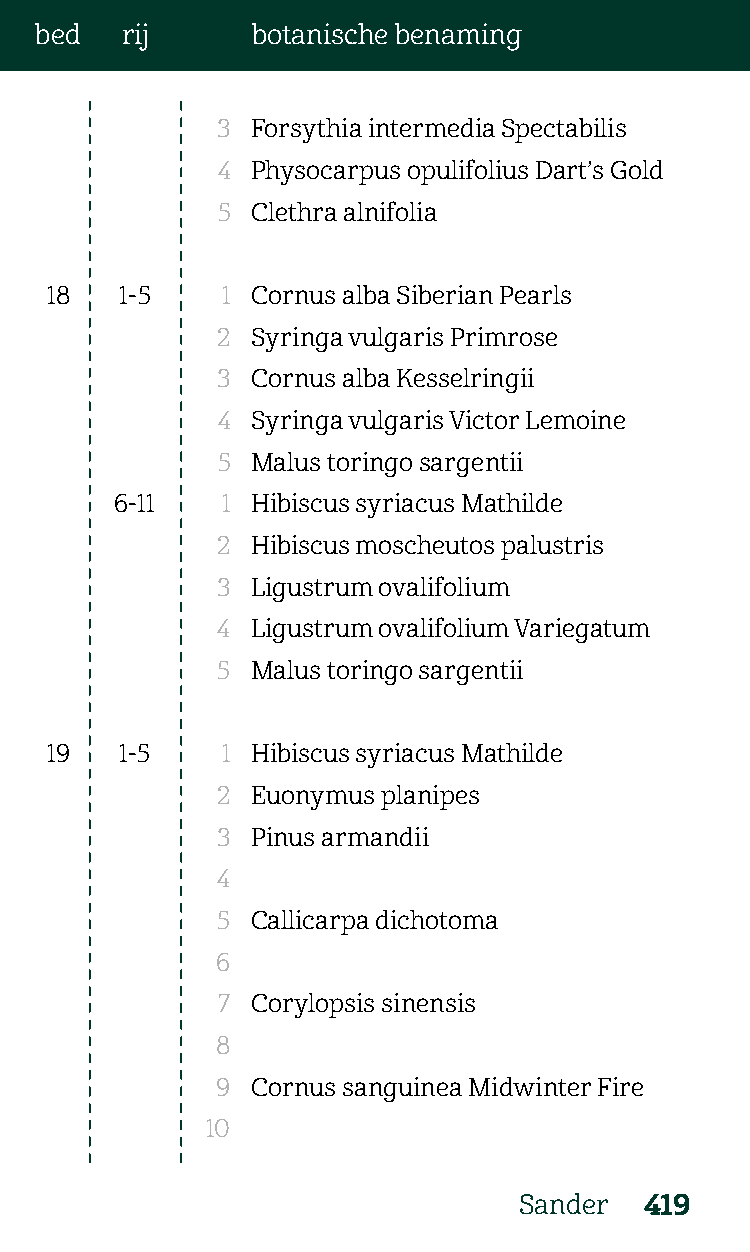
bed   rij      botanische benaming
 3  Forsythia intermedia Spectabilis
 4  Physocarpus opulifolius Dart’s Gold
 5  Clethra alnifolia
 18   1-5    1 Cornus alba Siberian Pearls
 2  Syringa vulgaris Primrose
 3  Cornus alba Kesselringii
 4  Syringa vulgaris Victor Lemoine
 5  Malus toringo sargentii
 6-11   1 Hibiscus syriacus Mathilde
 2  Hibiscus moscheutos palustris
 3  Ligustrum ovalifolium
 4  Ligustrum ovalifolium Variegatum
 5  Malus toringo sargentii
 19   1-5    1 Hibiscus syriacus Mathilde
 2  Euonymus planipes
 3  Pinus armandii
 4
 5  Callicarpa dichotoma
 6
 7  Corylopsis sinensis
 8
 9  Cornus sanguinea Midwinter Fire
 10
 Sander   419